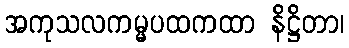
အကုသလကမ္မပထကထာ နိဋ္ဌိတာ၊